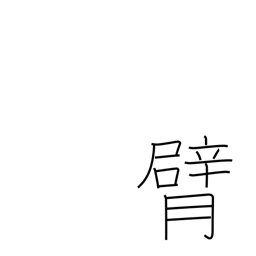
Meaning: elbow